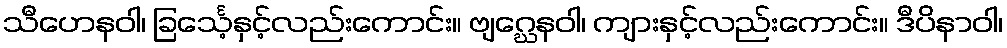
သီဟေနဝါ၊ ခြင်္သေ့နှင့်လည်းကောင်း။ ဗျဂ္ဃေနဝါ၊ ကျားနှင့်လည်းကောင်း။ ဒီပိနာဝါ၊